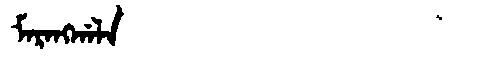
Manchu: ᠮᠠᡵᠠᠩᡤᠠᠯᠠ
Romanization: MARANGGALA